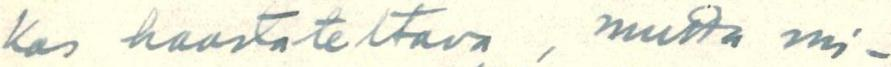
kas haastateltava, mutta mi-